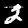
Digit: 2